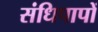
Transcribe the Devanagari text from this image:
संधिपापों